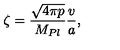
\zeta = \frac { \sqrt { 4 \pi p } } { M _ { P l } } \frac { v } { a } ,